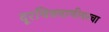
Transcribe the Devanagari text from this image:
दूरचित्रवाणीवरचा